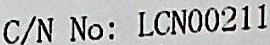
C/N NO: LCN00211